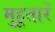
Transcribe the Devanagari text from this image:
मुहूतारें